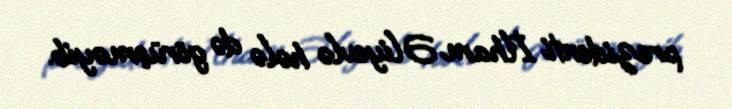
prezidenti İlham Əliyevlə hələ də görüşməyib.